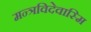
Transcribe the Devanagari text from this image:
मन्त्रविदेवास्मि